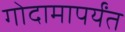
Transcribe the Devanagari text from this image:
गोदामापर्यंत